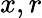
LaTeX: x,r